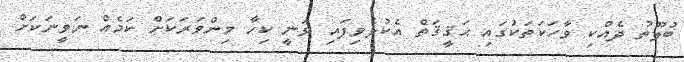
ބުލޫތު ދެއްކި ވާހަކަތަކުގައި ޙަޤީޤަތް އެކުލެވިފައި ވަނީ ކިހާ މިންވަރަކަށް ކަމެއް ނަވީނަކަށް